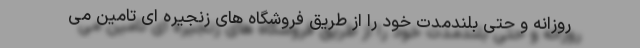
روزانه و حتی بلندمدت خود را از طریق فروشگاه های زنجیره ای تامین می